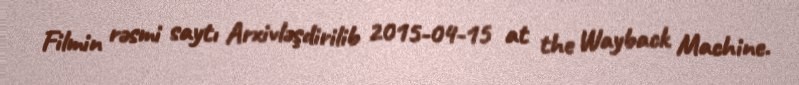
Filmin rəsmi saytı Arxivləşdirilib 2015-04-15 at the Wayback Machine.